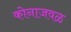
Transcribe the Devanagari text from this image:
कोनाजवळ